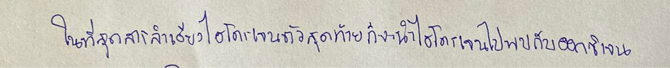
ในที่สุดสารลำเลียงไฮโดรเจนตัวสุดท้ายก็จะนำไฮโดรเจนไปพบกับออกซิเจน